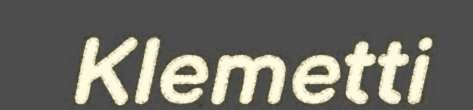
Klemetti